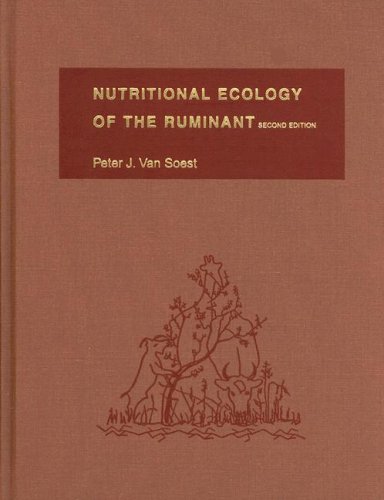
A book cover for Nutritional Ecology of the Ruminant (Comstock Book); Peter J. Van Soest; Medical Books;